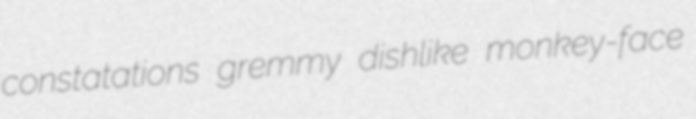
constatations gremmy dishlike monkey-face